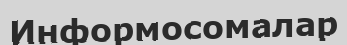
Информосомалар